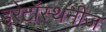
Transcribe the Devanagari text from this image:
इरेटॉस्थनीज